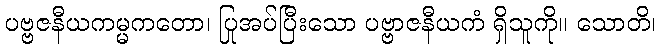
ပဗ္ဗဇနီယကမ္မကတော၊ ပြုအပ်ပြီးသော ပဗ္ဗာဇနီယကံ ရှိသူကို။ သောတိ၊